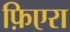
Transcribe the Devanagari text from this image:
फ़िएरा